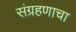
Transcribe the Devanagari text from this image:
संग्रहणाचा